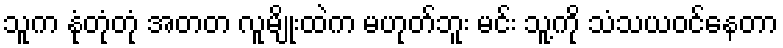
သူက နုံတုံတုံ အတတ လူမျိုးထဲက မဟုတ်ဘူး မင်း သူ့ကို သံသယဝင်နေတာ